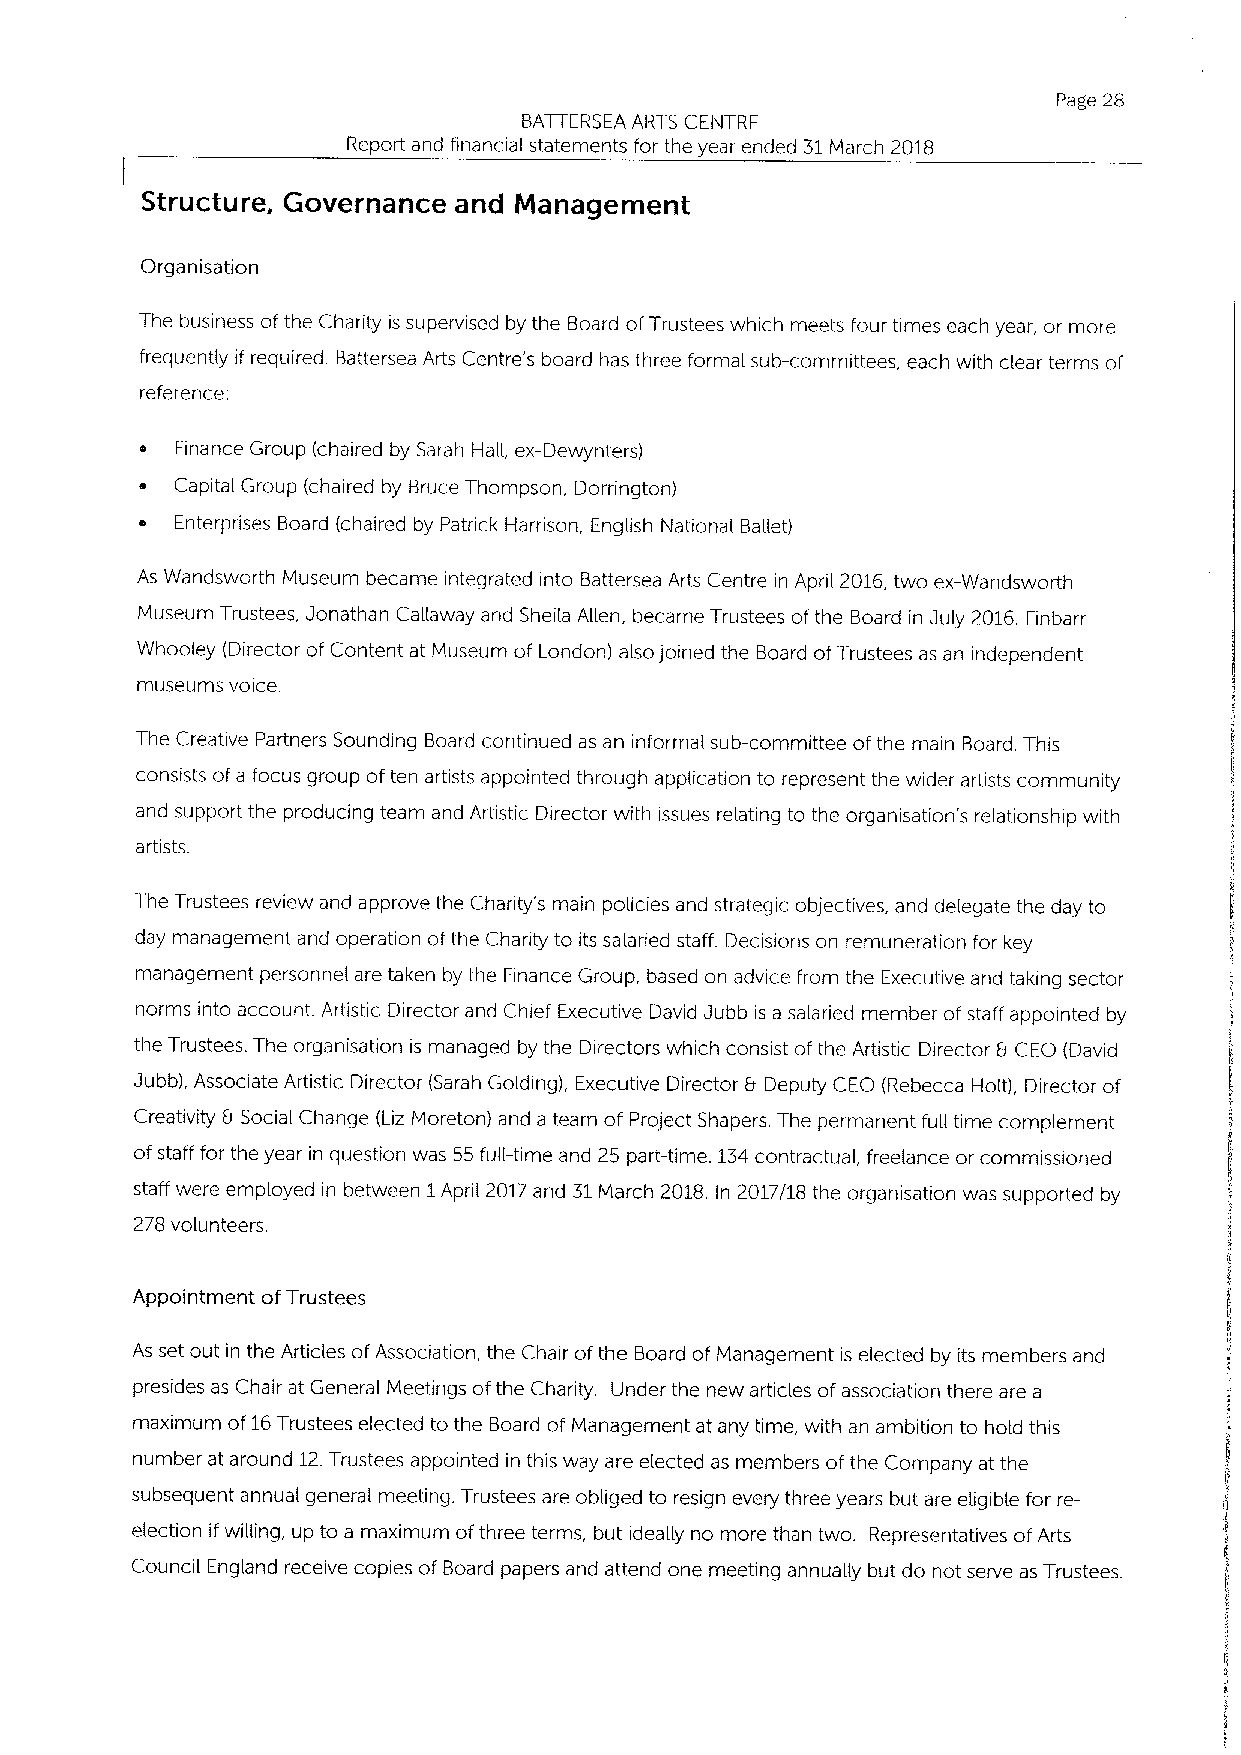
Page 28
 BATTERSEA ARTS CENTRE
 Report and financial statements for the year ended 31March 2018
 Structure, Governance and Management
 Organisation
 The business ofthe Charity is supervised by the Board ofTrustees which meets four times each year, or more
 frequently if required. Battersea Arts Centre's board has three formal sub-committees, each with clear terms of
 reference:
 o  Finance Group (chaired by Sarah Hall, ex-Dewynters)
 Capital Group (chaired by Bruce Thompson, Dorrington)
 e  Enterprises Board (chaired by Patrick Harrison, English National Ballet)
 As Wandsworth Museum became integrated into Battersea Arts Centre in April 2016,two ex-Wandsworth
 Museum Trustees, Jonathan Ca((away and Sheila Alien, became Trustees ofthe Board in July 2016.Finbarr
 Whooley (Director of Content at Museum of London) also joined the Board ofTrustees as an independent
 museums voice.
 The Creative Partners Sounding Board continued as an informal sub-committee ofthe main Board. This
 consists ofa focus group often artists appointed through application to represent the wider artists community
 and support the producing team and Artistic Director with issues relating to the organisation's relationship with
 artists.
 The Trustees review and approve the Charity's main policies and strategic objectives, and delegate the day to
 day management and operation ofthe Charity to its salaried staff. Decisions on remuneration for key
 management personnel are taken by the Finance Group, based on advice from the Executive and taking sector
 norms into account. Artistic Director and Chief Executive David Jubb is a salaried member ofstaff appointed by
 the Trustees. The organisation is managed by the Directors which consist ofthe Artistic Director Er CEO (David
 Jubb), Associate Artistic Director (Sarah Golding), Executive Director Er Deputy CEO (Rebecca Holt), Director of
 Creativity b Social Change (Liz Moreton) and a team of Project Shapers. The permanent full time complement
 ofstaff for the year in question was 55fulL-time and 25 part-time. 134contractual, freelance or commissioned
 staff were employed in between 1April 2017and 31March 2018. In 2017/18 the organisation was supported by
 278 volunteers.
 Appointment ofTrustees
 As set out in the Articles ofAssociation, the Chair ofthe Board ofManagement is elected by its members and
 presides as Chair at General Meetings ofthe Charity. Under the new articles ofassociation there are a
 maximum of16Trustees elected to the Board of Management at any time, with an ambition to hold this
 number at around 12.Trustees appointed in this way are elected as members ofthe Company at the
 subsequent annual general meeting. Trustees are obliged to resign every three years but are eligible for re-
 election ifwilling, up to a maximum ofthree terms, but ideally no more than two. Representatives ofArts
 Council England receive copies of Board papers and attend one meeting annually but do not serve as Trustees